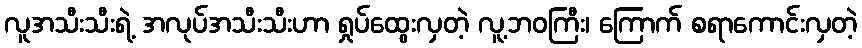
လူအသီးသီးရဲ့ အလုပ်အသီးသီးဟာ ရှုပ်ထွေးလှတဲ့ လူ့ဘဝကြီး၊ ကြောက် စရာကောင်းလှတဲ့